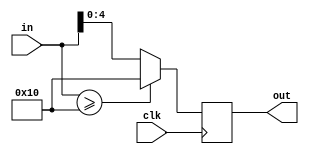
// This program was cloned from: https://github.com/steveicarus/ivtest
// License: GNU General Public License v2.0

module test (clk, in, out);
   input clk;
   input [15:0] in;
   output [4:0] out;

   reg [4:0] out;
   (* ivl_synthesis_on *)
   always @(posedge clk) begin
      // In PR#685, this caused an assertion with iverilog -S
      out = (in >= 16) ? 16 : in;
   end

endmodule

module main;

   reg clk;
   reg [15:0] value;
   wire [4:0] sat;

   test dut (clk, value, sat);

   (* ivl_synthesis_off *)
   initial begin
      value = 0;
      clk = 1;
      for (value = 0 ;  value < 'h15 ;  value = value+1) begin
	 #1 clk = 0;
	 #1 clk = 1;
	 #1 if ((value > 16) && (sat !== 5'd16)) begin
	    $display("FAILED -- value=%d, sat=%b", value, sat);
	    $finish;
	 end

	 if ((value <= 16) && (value !== sat)) begin
	    $display("FAILED -- value=%d, sat=%b", value, sat);
	    $finish;
	 end
      end // for (value = 0 ;  value < 'h15 ;  value = value+1)

      $display("PASSED");
   end // initial begin

endmodule // main